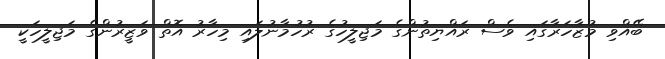
ބޭއްވި މުޒާހަރާގައި ވެސް ރައްޔިތުންގެ މަޖިލީހުގެ ރުހުމާނުލައި މިހާރު އޮތް ވަޒީރުންގެ މަޖިލީހަކީ